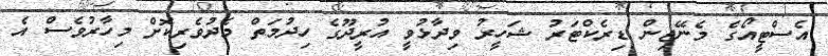
އެސްޓީއޯގެ މެނޭޖިން ޑިރެކްޓަރު ޝަހީރު ވިދާޅުވީ އުރީދޫގެ ހިދުމަތް މެދުވެރިކޮށް މިހާރުވެސް އެ